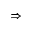
\Rightarrow